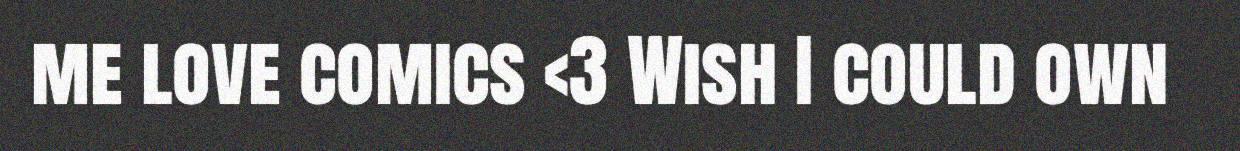
me love comics <3 Wish I could own